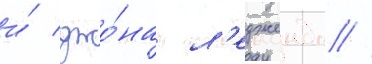
и́ джо́на л'едженда //